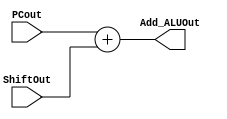
module Add_ALU(PCout, ShiftOut, Add_ALUOut);

	input [31:0] PCout;
	input [31:0] ShiftOut;
	
	output reg [31:0] Add_ALUOut;

	always @(*) begin
		Add_ALUOut <= PCout + ShiftOut;
	end
endmodule